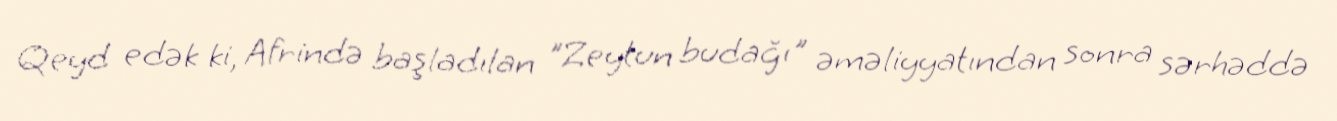
Qeyd edək ki, Afrində başladılan "Zeytun budağı" əməliyyatından sonra sərhəddə